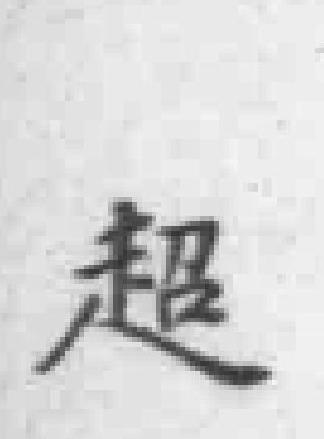
超